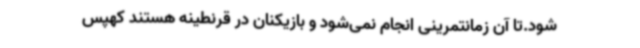
شود.تا آن زمانتمرینی انجام نمی‌شود و بازیکنان در قرنطینه هستند کهپس